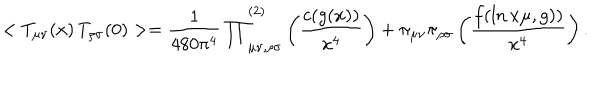
LaTeX: < T _ { \mu \nu } ( x ) \, T _ { \rho \sigma } ( 0 ) > = { \frac { 1 } { 4 8 0 \pi ^ { 4 } } \prod } _ { \mu \nu , \rho \sigma } ^ { ( 2 ) } \left( { \frac { c ( g ( x ) ) } { x ^ { 4 } } } \right) + \pi _ { \mu \nu } \pi _ { \rho \sigma } \left( { \frac { f ( \ln x \mu , g ) ) } { x ^ { 4 } } } \right) .